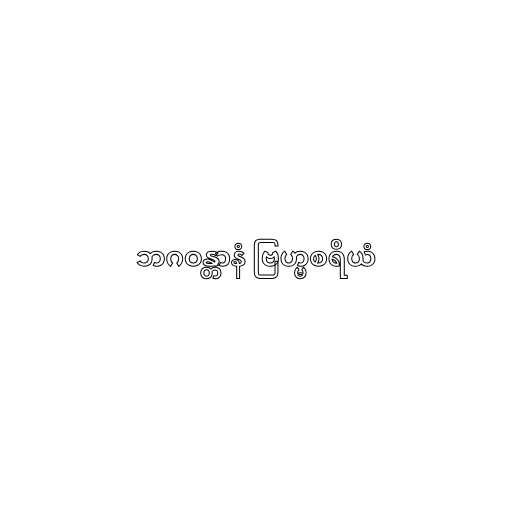
ဘဂဝန္တာနံ ဗြဟ္မစရိယံ